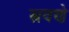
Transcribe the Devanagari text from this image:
स्त्रवणे